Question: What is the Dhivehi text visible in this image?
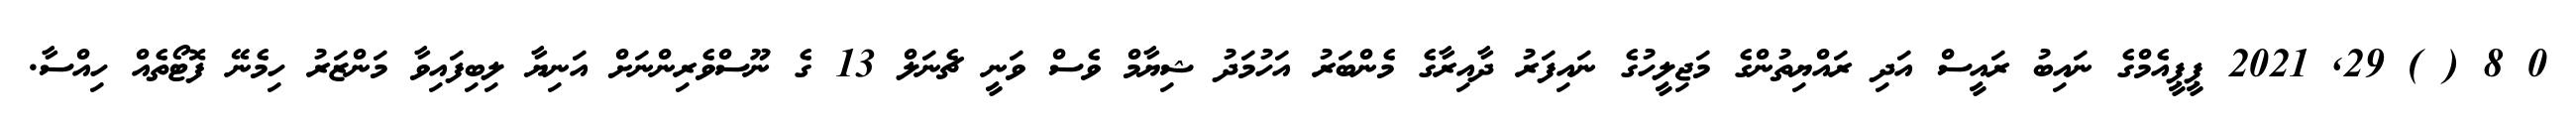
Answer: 0 8 ( ) 29, 2021 ޕީޕީއެމްގެ ނައިބު ރައީސް އަދި ރައްޔިތުންގެ މަޖިލީހުގެ ނައިފަރު ދާއިރާގެ މެންބަރު އަހުމަދު ޝިޔާމް ވެސް ވަނީ ޗެނަލް 13 ގެ ނޫސްވެރިންނަށް އަނިޔާ ލިބިފައިވާ މަންޒަރު ހިމެނޭ ފޮޓޯތެއް ހިއްސާ.